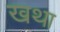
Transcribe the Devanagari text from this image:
खथा